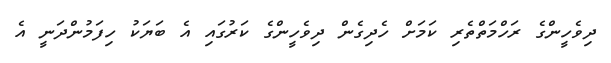
ދިވެހީންގެ ރަހްމަތްތެރި ކަމަށް ހެދިގެން ދިވެހީންގެ ކަރުގައި އެ ބަޔަކު ހިފަމުންދަނީ އެ